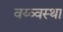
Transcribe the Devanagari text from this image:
वय्व्वस्था